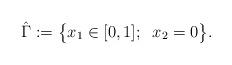
LaTeX: \begin{align*}\hat{\Gamma} := \big\{ x_1 \in [0, 1] ; \;\; x_2 = 0 \big\}.\end{align*}